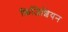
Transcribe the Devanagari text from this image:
फ़िजिशियन